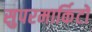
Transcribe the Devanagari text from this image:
सुपरमार्किटों